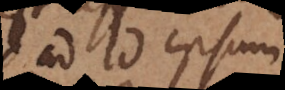
ad id ipsum,